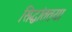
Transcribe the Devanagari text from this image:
सिद्धांततया